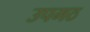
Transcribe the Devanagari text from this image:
उपमठ